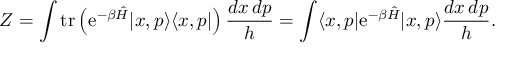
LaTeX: Z = \int \operatorname { t r } \left( \mathrm { e } ^ { - \beta { \hat { H } } } | x , p \rangle \langle x , p | \right) { \frac { d x \, d p } { h } } = \int \langle x , p | \mathrm { e } ^ { - \beta { \hat { H } } } | x , p \rangle { \frac { d x \, d p } { h } } .